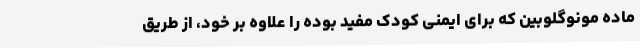
ماده مونوگلوبین که برای ایمنی کودک مفید بوده را علاوه بر خود، از طریق